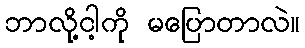
ဘာလို့ငါ့ကို မပြောတာလဲ။